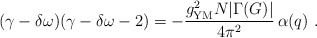
\begin{align*}(\gamma-\delta\omega)(\gamma-\delta\omega-2)=-{g_{\rm YM}^2N|\Gamma(G)|\over 4\pi^2}\,\alpha(q) \ .\end{align*}